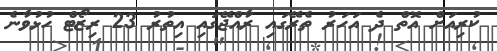
ކުރިއަށް އޮތް ދެ އަހަރު ތެރޭގައި ރާއްޖޭގައި އިތުރު 23 ރިޒޯޓް ހުޅުވާނެ